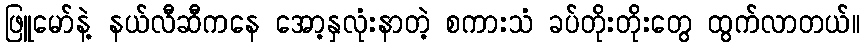
ဖြူမော်နဲ့ နယ်လီဆီကနေ အော့နှလုံးနာတဲ့ စကားသံ ခပ်တိုးတိုးတွေ ထွက်လာတယ်။